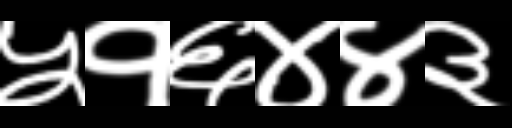
Text: ५१६४४३